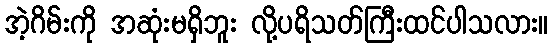
အဲ့ဂိမ်းကို အဆုံးမရှိဘူး လို့ပရိသတ်ကြီးထင်ပါသလား။